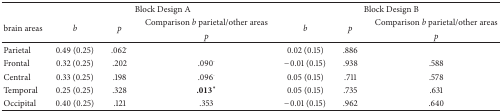
<table><thead><tr><td><b> </b></td><td colspan="3"><b>Block Design A</b></td><td colspan="3"><b>Block Design B</b></td></tr><tr><td rowspan="2"><b>brain areas</b></td><td rowspan="2"><b><i>b</i></b></td><td rowspan="2"><b><i>p</i></b></td><td><b>Comparison <i>b </i>parietal/other areas</b></td><td rowspan="2"><b><i>b</i></b></td><td rowspan="2"><b><i>p</i></b></td><td><b>Comparison <i>b </i>parietal/other areas</b></td></tr><tr><td><b><i>p</i></b></td><td><b><i>p</i></b></td></tr></thead><tbody><tr><td>Parietal</td><td>0.49 (0.25)</td><td>.062<sup>.</sup></td><td> </td><td>0.02 (0.15)</td><td>.886</td><td> </td></tr><tr><td>Frontal</td><td>0.32 (0.25)</td><td>.202</td><td>.090<sup>.</sup></td><td>−0.01 (0.15)</td><td>.938</td><td>.588</td></tr><tr><td>Central</td><td>0.33 (0.25)</td><td>.198</td><td>.096<sup>.</sup></td><td>0.05 (0.15)</td><td>.711</td><td>.578</td></tr><tr><td>Temporal</td><td>0.25 (0.25)</td><td>.328</td><td>.013<sup><i>∗</i></sup></td><td>0.05 (0.15)</td><td>.735</td><td>.631</td></tr><tr><td>Occipital</td><td>0.40 (0.25)</td><td>.121</td><td>.353</td><td>−0.01 (0.15)</td><td>.962</td><td>.640</td></tr></tbody></table>